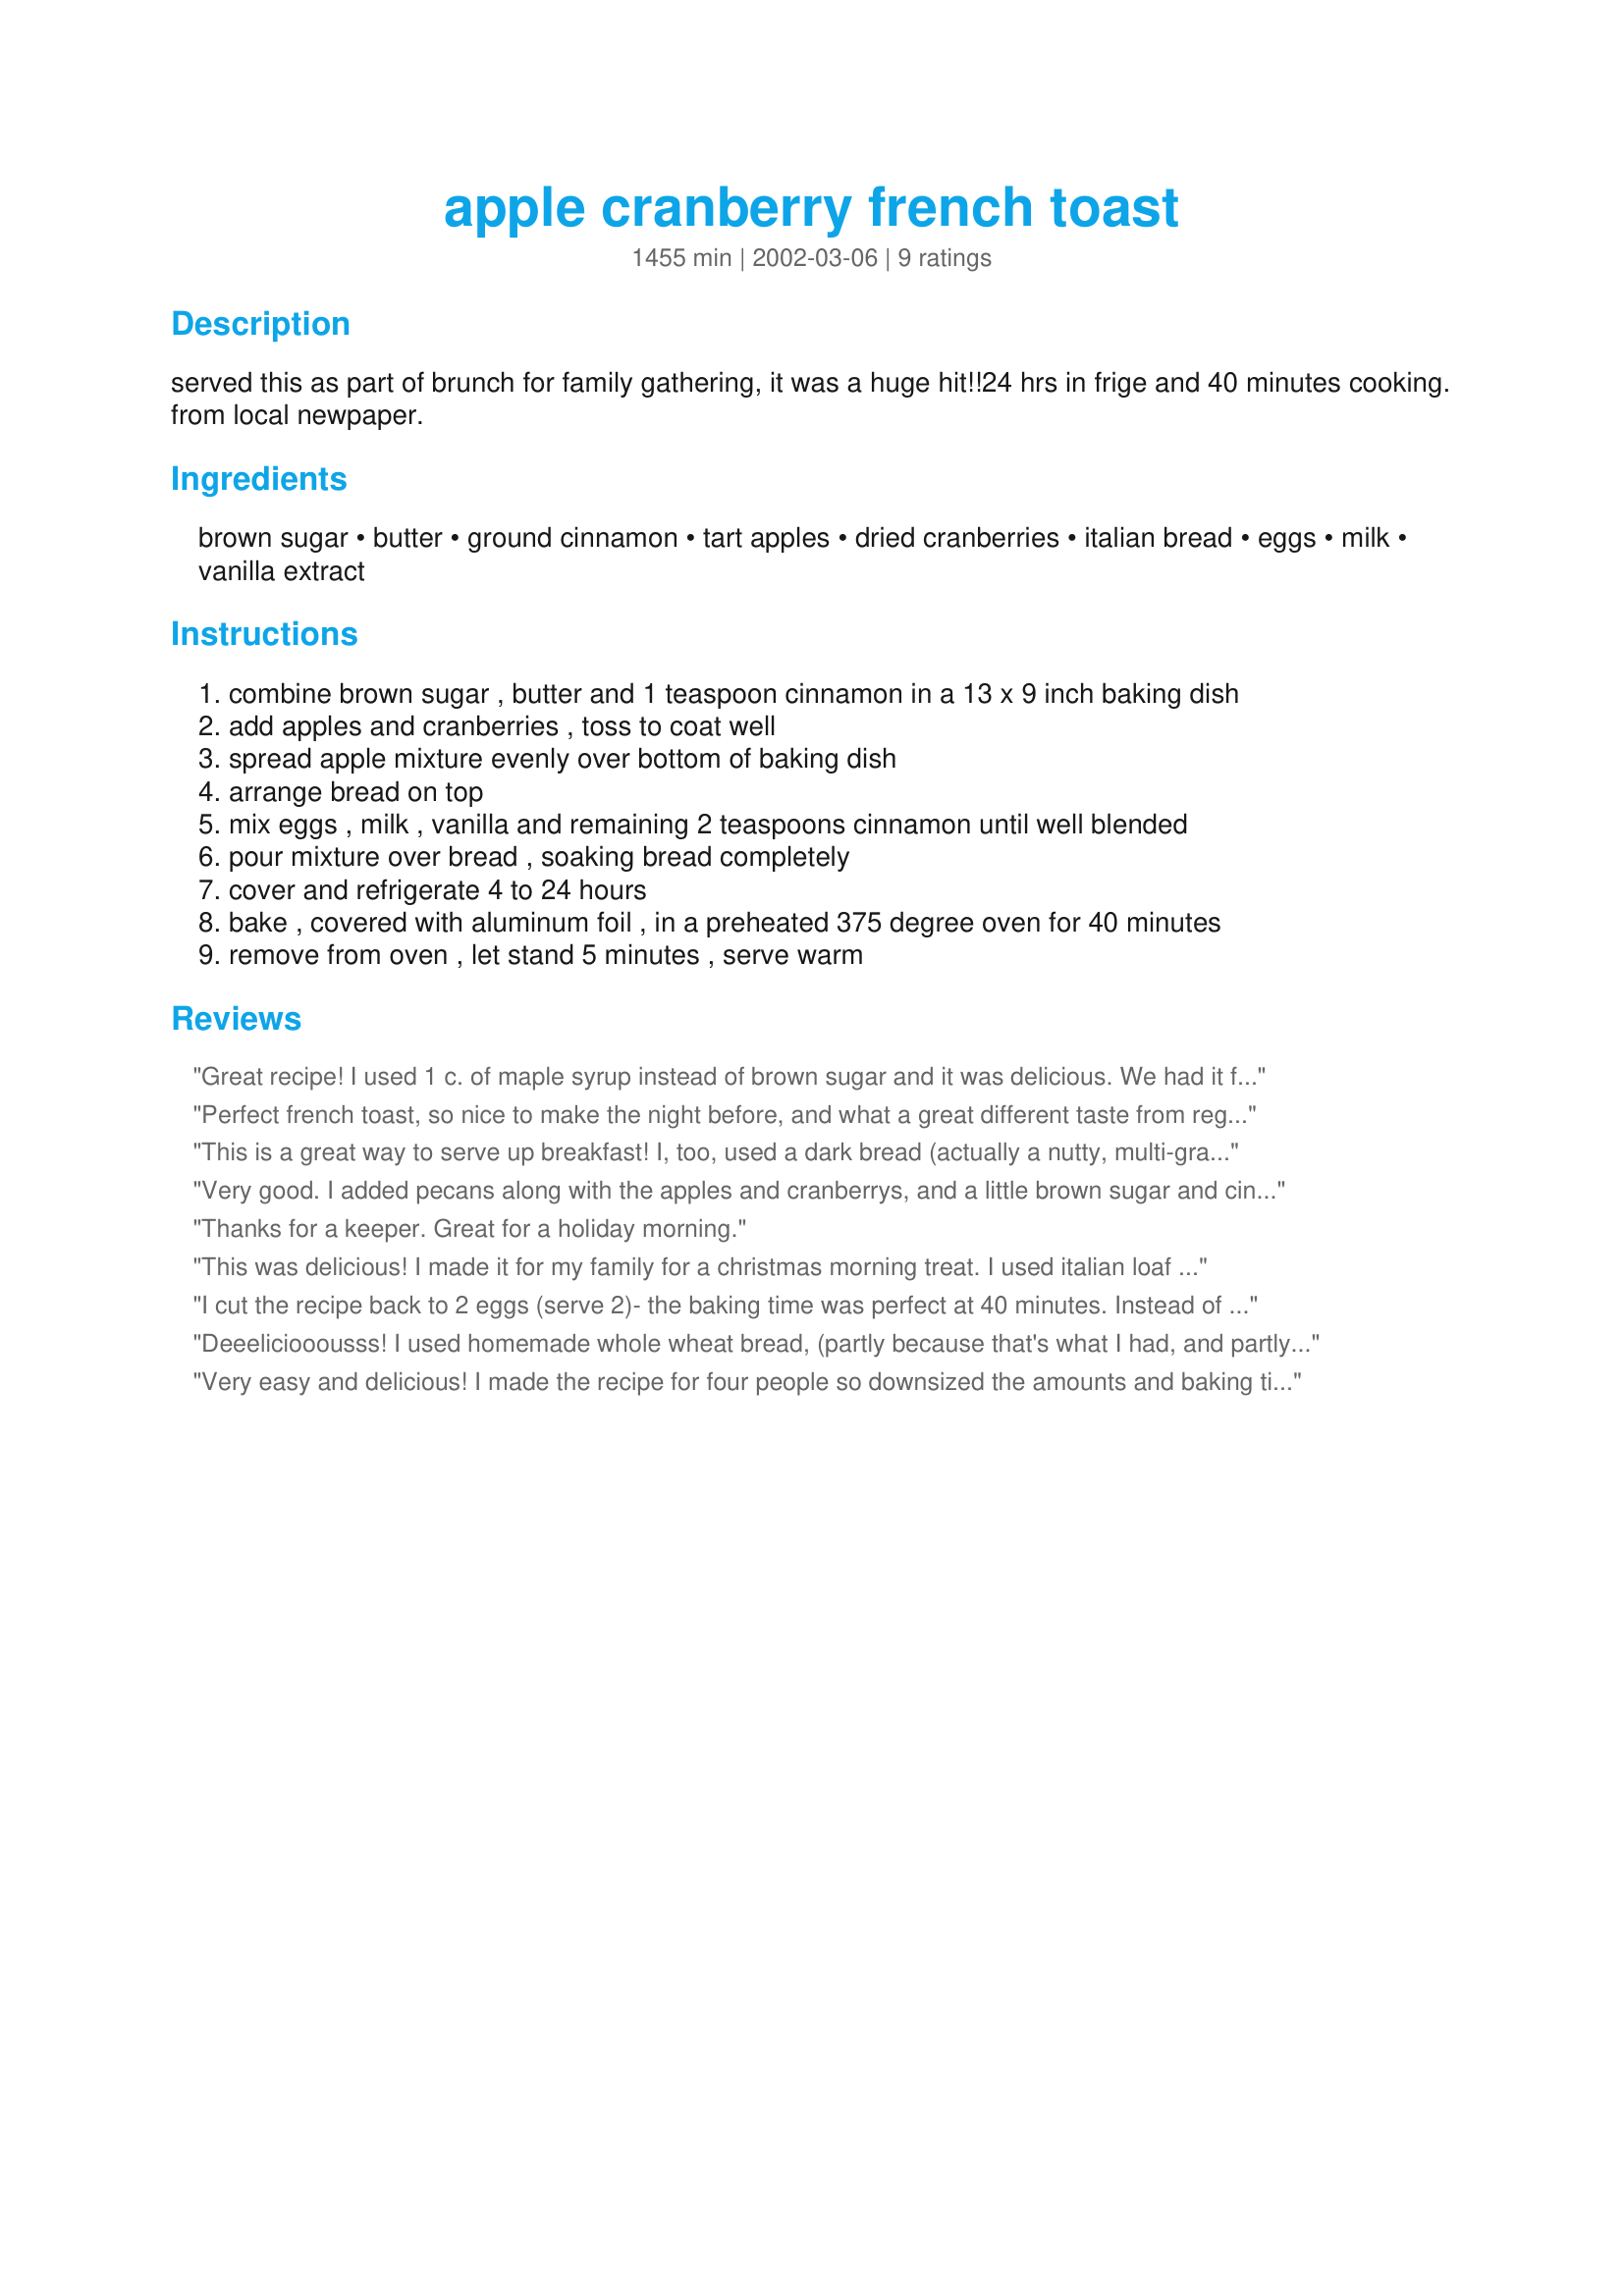
apple cranberry french toast
Preparation time: 1455 minutes

served this as part of brunch for family gathering, it was a huge hit!!24 hrs in frige and 40 minutes cooking. from local newpaper.

Ingredients:
brown sugar, butter, ground cinnamon, tart apples, dried cranberries, italian bread, eggs, milk, vanilla extract

Steps:
combine brown sugar , butter and 1 teaspoon cinnamon in a 13 x 9 inch baking dish
add apples and cranberries , toss to coat well
spread apple mixture evenly over bottom of baking dish
arrange bread on top
mix eggs , milk , vanilla and remaining 2 teaspoons cinnamon until well blended
pour mixture over bread , soaking bread completely
cover and refrigerate 4 to 24 hours
bake , covered with aluminum foil , in a preheated 375 degree oven for 40 minutes
remove from oven , let stand 5 minutes , serve warm

Reviews:
Great recipe! I used 1 c. of maple syrup instead of brown sugar and it was delicious. We had it for Christmas breakfast! Thank you for sharing!
Perfect french toast, so nice to make the night before, and what a great different taste from regular french toast..used left over cranberries from christmas dinner..it was indeed a big hit at the church brunch..Thanks
This is a great way to serve up breakfast! I, too, used a dark bread (actually a nutty, multi-grain bread), & it went extremely well with the apples & cranberries! I'll certainly be making this another time, possibly with some other dried fruits! Thanks for sharing a great recipe! [Tagged, made & reviewed for the Summer Salad & Berry Recipe Challange]
Very good. I added pecans along with the apples and cranberrys, and a little brown sugar and cinnamon on top.
Thanks for a keeper. Great for a holiday morning.
This was delicious! I made it for my family for a christmas morning treat. I used italian loaf and didn't use all of it. Maybe 3/4's. next time for 4-5 people I will half the recipe. Thanks for posting!
 I cut the recipe back to 2 eggs (serve 2)- the baking time was perfect at 40 minutes. Instead of brown sugar I used brown sugar substitute. After baking for 40 minutes I took off the foil and browned the top 9" from broiler for 5 minutes. Before serving I flipped the casserole so the apple/cran were on top . If you like Apple, cranberry, cinnamon you will LOVE this recipe. Oh and I put it all together the night before so all I had to do was pop it in the oven and fry some bacon - easy & delicious - what more can you ask for? Thanks Derf it's a keeper
Deeeliciooousss! I used homemade whole wheat bread, (partly because that's what I had, and partly to justify having this for dinner!) and made a single serving with two thick-cut slices, baked for the same amount of time. Turned out great, thanks for the recipe! I wonder if other fruits will work this well....
Very easy and delicious! I made the recipe for four people so downsized the amounts and baking time.Used fresh cranberries and 3 apples, the dish was super!!!! Will definitely make this again, a great contrast of flavours with the tart cranberries!!
